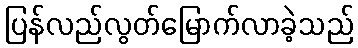
ပြန်လည်လွတ်မြောက်လာခဲ့သည်